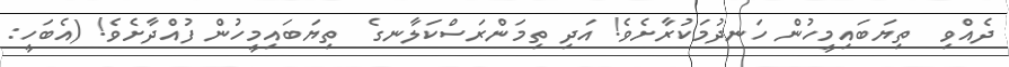
ދެއްވި  ތިޔަބައިމީހުން ހަނދުމަކުރާށެވެ! އަދި ތިމަންރަސްކަލާނގެ  ތިޔަބައިމީހުން ފުއްދާށެވެ! (އެބަހީ: